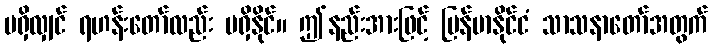
မရှိလျှင် ရဟန်းတော်လည်း မရှိနိုင်။ ဤနည်းအားဖြင့် မြန်မာနိုင်ငံ သာသနာတော်အတွက်